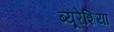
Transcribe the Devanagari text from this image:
ब्यूरेशिया